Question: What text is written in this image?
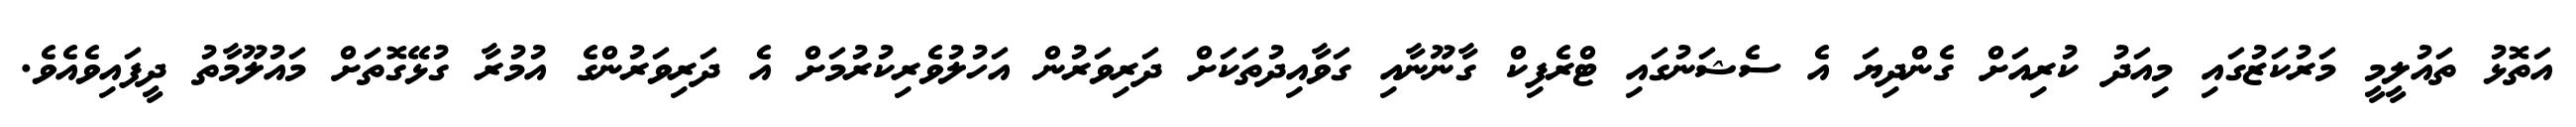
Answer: އަތޮޅު ތައުލީމީ މަރުކަޒުގައި މިއަދު ކުރިއަށް ގެންދިޔަ އެ ސެޝަނުގައި ޓްރެފިކް ގާނޫނާއި ގަވާއިދުތަކަށް ދަރިވަރުން އަހުލުވެރިކުރުމަށް އެ ދަރިވަރުންގެ އުމުރާ ގުޅޭގޮތަށް މައުލޫމާތު ދީފައިވެއެވެ.